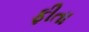
ફીતા